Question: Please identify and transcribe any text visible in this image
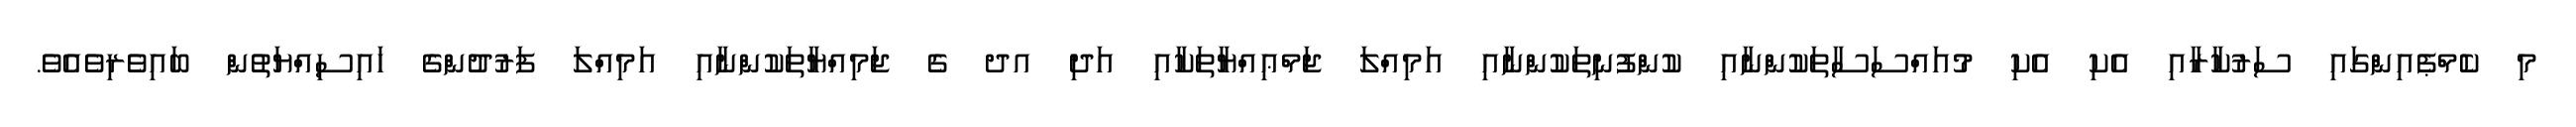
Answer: މި ކެމްޕެއިންގައި ސަރުކާރާއި އެކި އެކި މުއައްސަސާތަކުންނާއި ކުންފުނިތަކުންނާއި އަމިއްލަ ޖަމްޢިއްޔާތަކާއި އަދި އދ ގެ ޖަމިއްޔާތަކުންނާއި އަމިއްލަ ފަރުދުންގެ ހައިސިއްޔަތުން ބައިވެރިވެއެވެ.